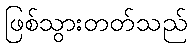
ဖြစ်သွားတတ်သည်